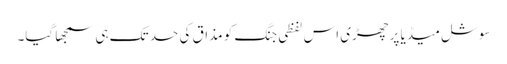
سوشل میڈیا پر چھڑی اس لفظی جنگ کو مذاق کی حد تک ہی سمجھا گیا۔